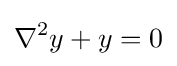
\nabla ^{2}y+y=0